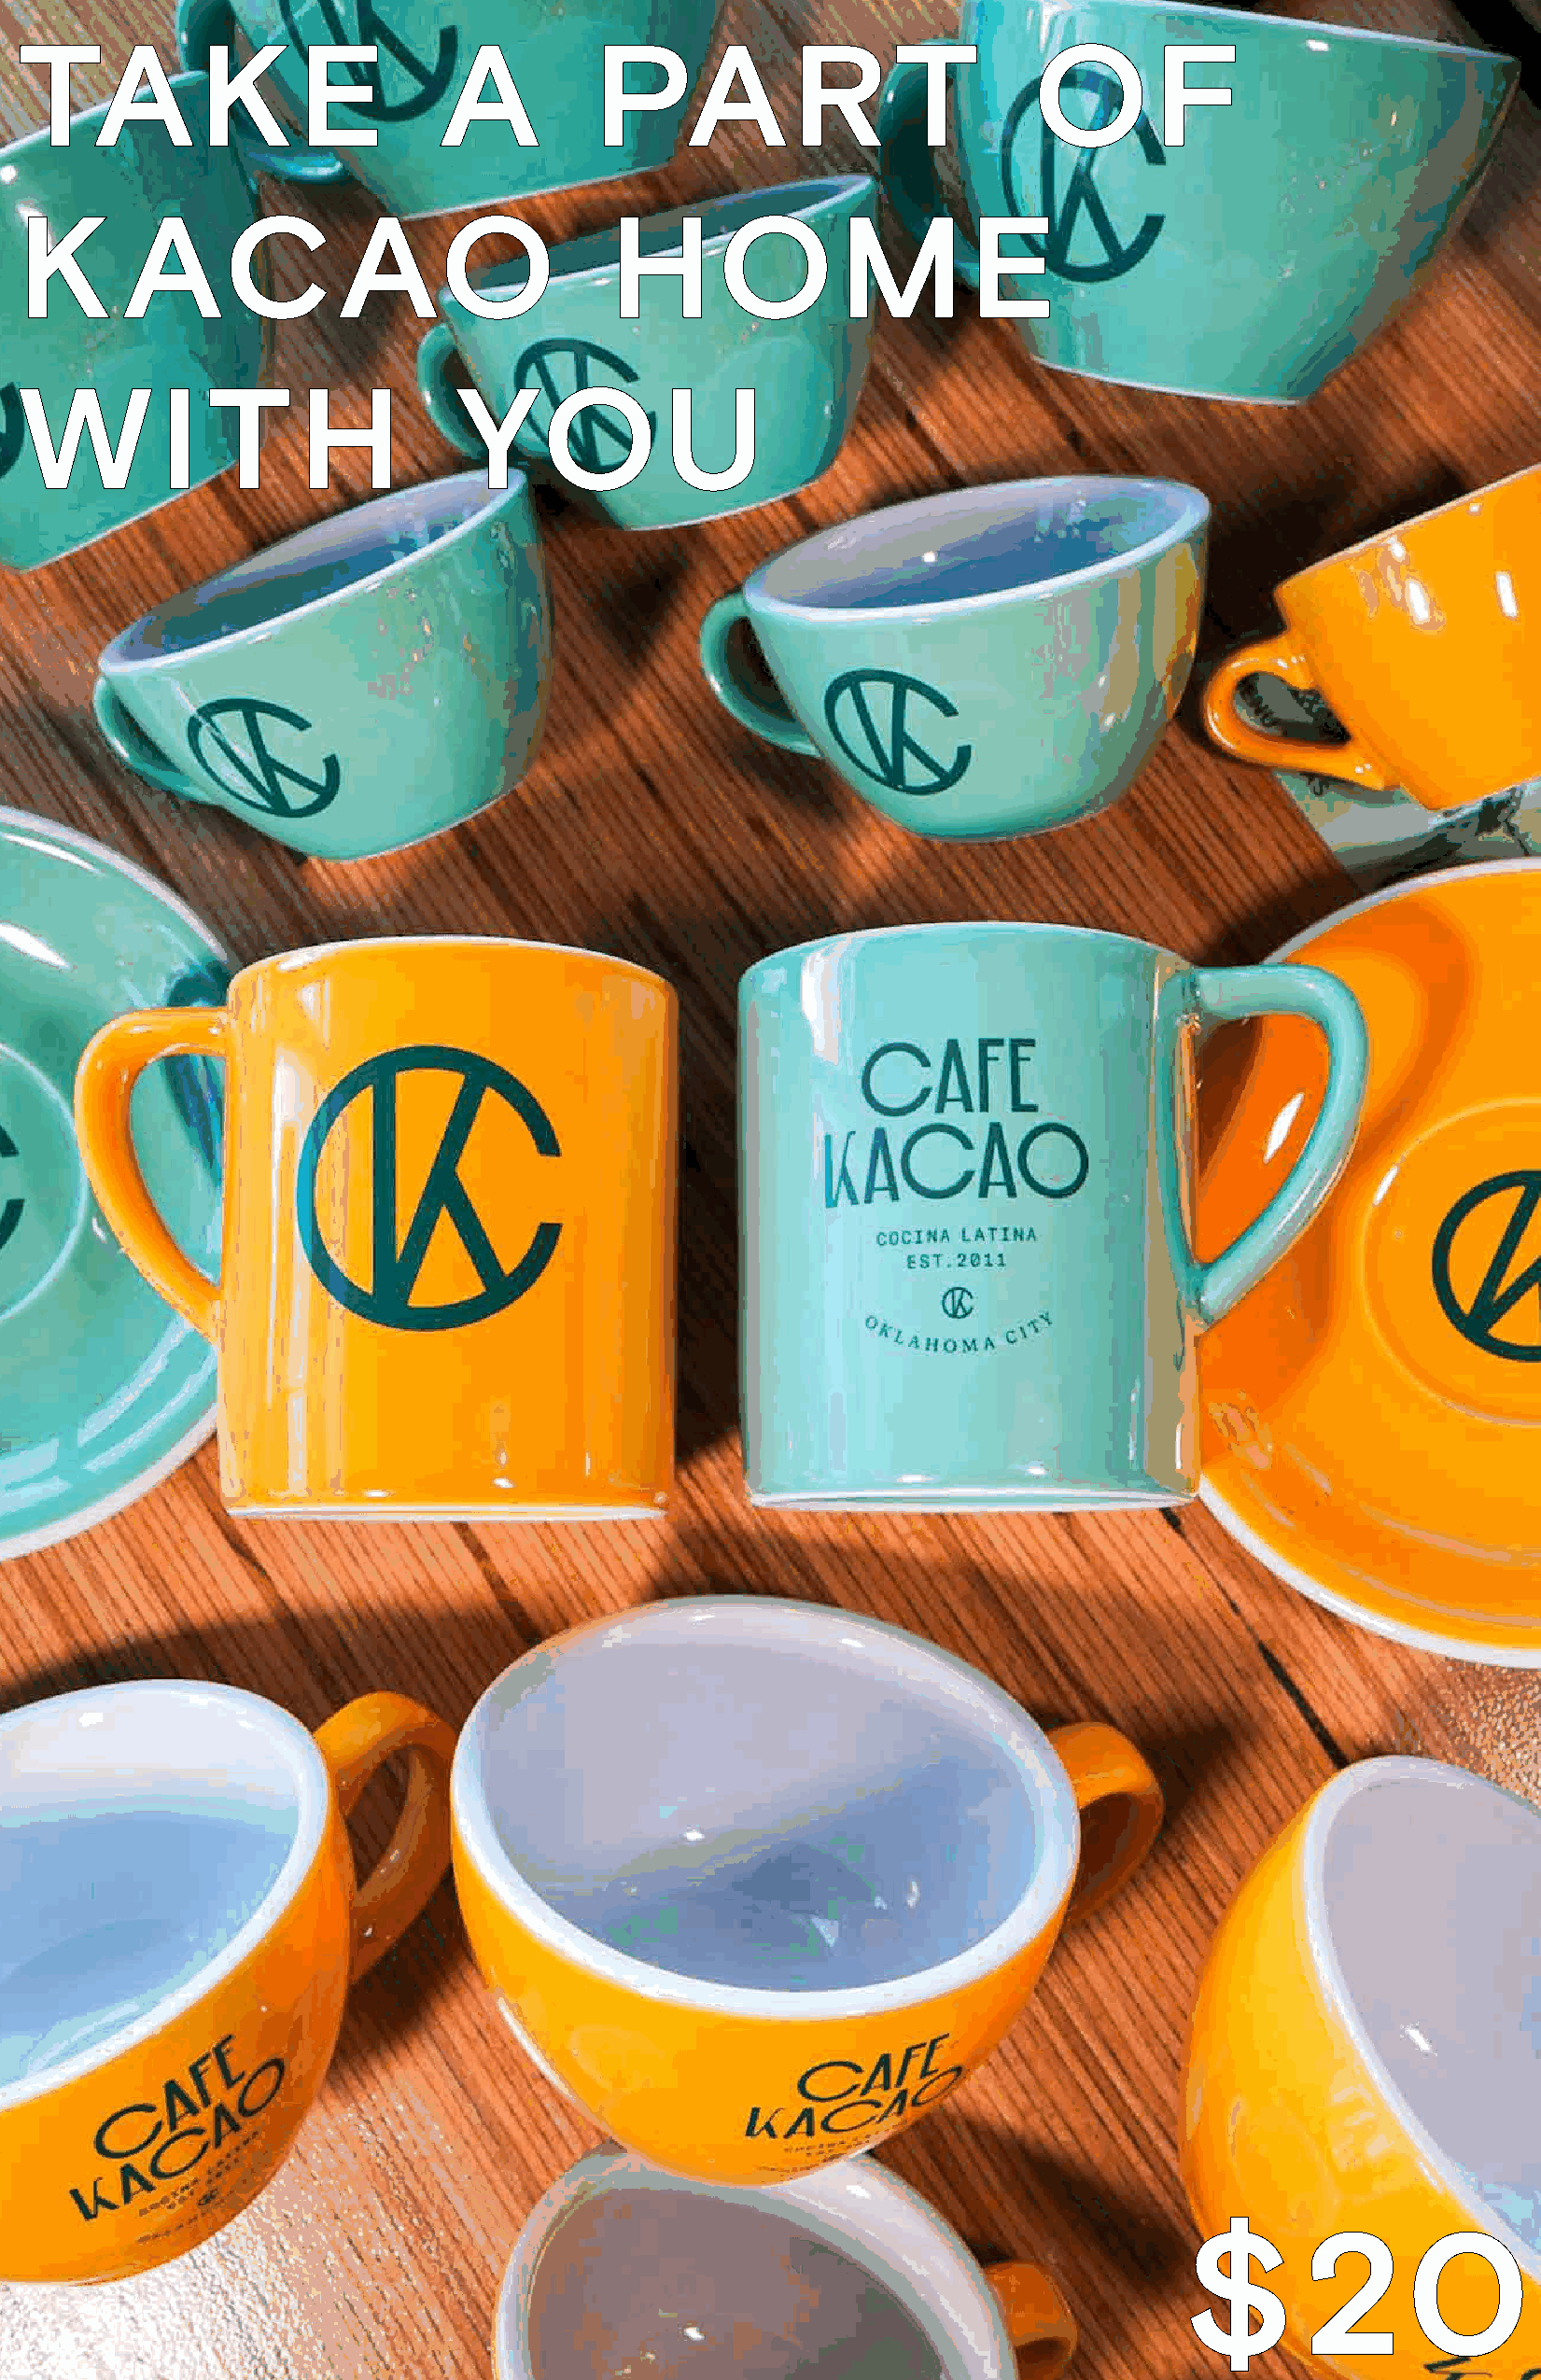
TAKE                          A          PAR                  T         OF
 K       ACAO                              HOME
 W         I   T     H          YOU
 $       20